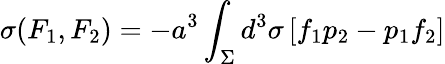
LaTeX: \sigma(F_{1},F_{2})=-a^{3}\int_{\Sigma}d^{3}\sigma\, [f_{1}p_{2}-p_{1}f_{2}]